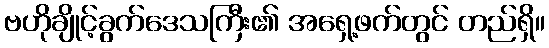
ဗဟိုချိုင့်ခွက်ဒေသကြီး၏ အရှေ့ဖက်တွင် တည်ရှိ။